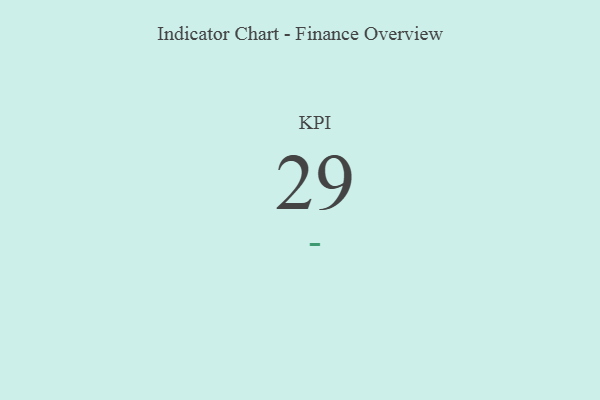
{"axis": {"x": "KPI", "y": "Value"}, "legend": [""], "data": [{"x": "KPI", "y": 29, "type": ""}]}